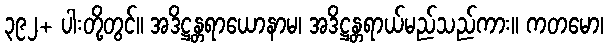
၃၉၂+ ပါးတို့တွင်။ အဒိဋ္ဌန္တရာယောနာမ၊ အဒိဋ္ဌန္တရာယ်မည်သည်ကား။ ကတမော၊